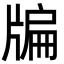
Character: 牑